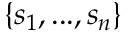
\{ s _ { 1 } , . . . , s _ { n } \}